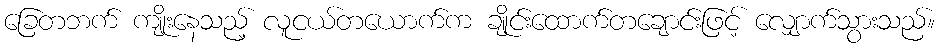
ခြေတဘက် ကျိုးနေသည့် လူငယ်တယောက်က ချိုင်းထောက်တချောင်းဖြင့် လျှောက်သွားသည်။